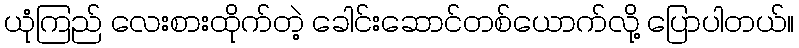
ယုံကြည် လေးစားထိုက်တဲ့ ခေါင်းဆောင်တစ်ယောက်လို့ ပြောပါတယ်။